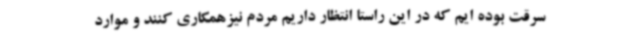
سرقت بوده ایم که در این راستا انتظار داریم مردم نیزهمکاری کنند و موارد